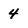
Character: 4